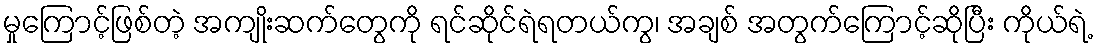
မှုကြောင့်ဖြစ်တဲ့ အကျိုးဆက်တွေကို ရင်ဆိုင်ရဲရတယ်ကွ၊ အချစ် အတွက်ကြောင့်ဆိုပြီး ကိုယ်ရဲ့